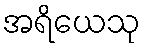
အရိယေသု